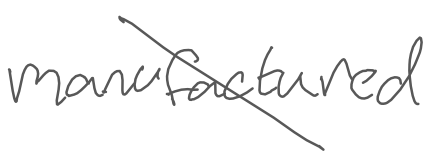
Text: manufactured
Cross-out: diagonal
Writing tool: digital_gray